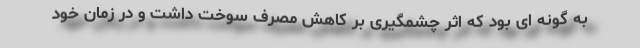
به گونه ای بود که اثر چشمگیری بر کاهش مصرف سوخت داشت و در زمان خود